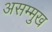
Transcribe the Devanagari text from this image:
असम्मुख